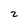
Character: z